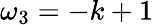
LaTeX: \omega_{3}=-k+1